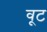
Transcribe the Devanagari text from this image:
वूट